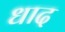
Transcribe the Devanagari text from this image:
धाद